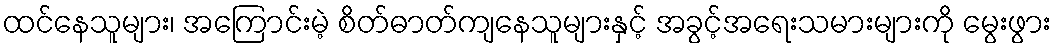
ထင်နေသူများ၊ အကြောင်းမဲ့ စိတ်ဓာတ်ကျနေသူများနှင့် အခွင့်အရေးသမားများကို မွေးဖွား